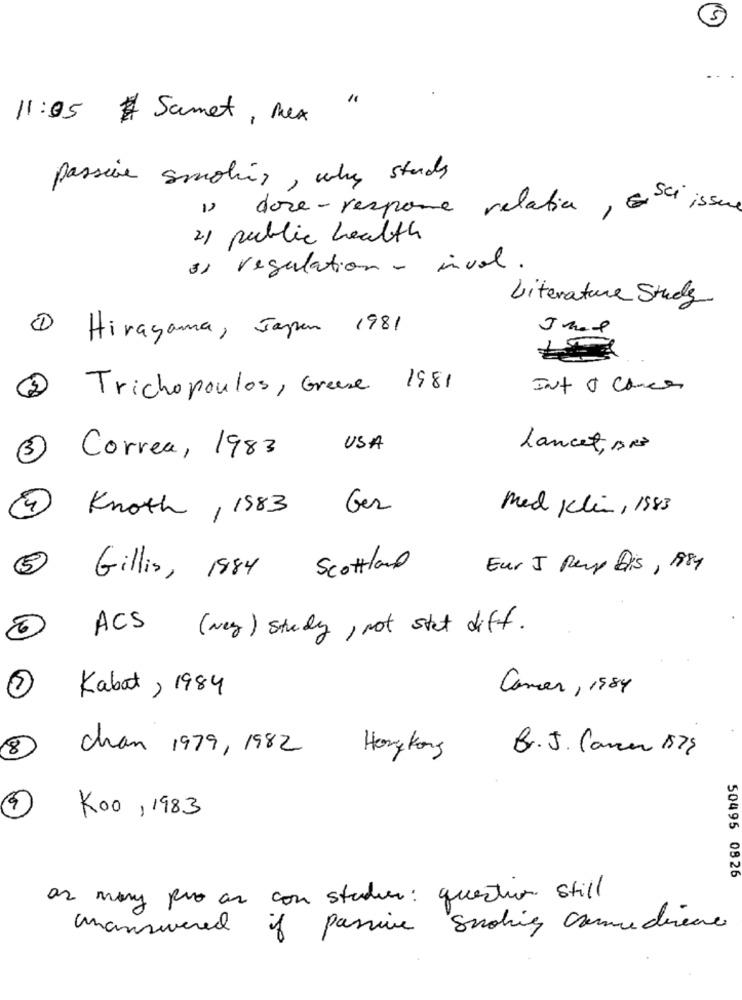
11:05 # Samet, Mex
passive smoking, why study
1) dore-response relation , csc issue
2) public health
") regulation - invol.
Literature Study
1 Hiragana, Japan 1981
1981
Int & Cancer
2 Trichopoulos, Greene
USA
Lancet, DRª
3 Correa, 1983
Med Klin, 1983
4 Knoth , 1983 Ger
5
Eur J Perp Dis , 1984
Gillis, 1884 Scotland
ACS ( way ) study, not stat diff.
Cancer , 1984
1 Kabat , 1984
100
chan 1979, 1982
Hongkong
B. J. Cave 175
Koo , 1983
50495 0826
as many pro as con studier: questur still
Manswered if passive smoking conmediene
50